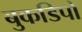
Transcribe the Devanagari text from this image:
बुकडिपो